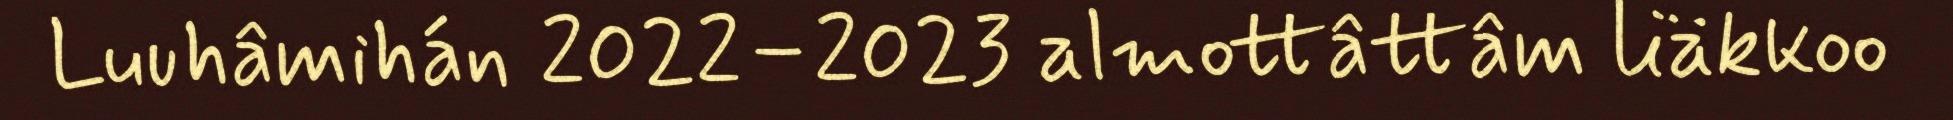
Luuhâmihán 2022–2023 almottâttâm liäkkoo